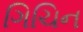
ગિચિન